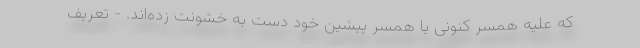
که علیه همسر کنونی یا همسر پیشین خود دست به خشونت زده‌اند. - تعریف